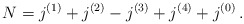
\begin{align*} N = j^{(1)} + j^{(2)} - j^{(3)} + j^{(4)} + j^{(0)} \,. \end{align*}